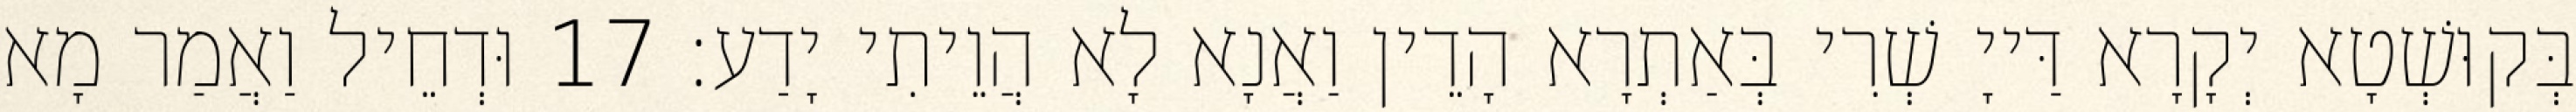
בְּקוּשְׁטָא יְקָרָא דַּייָ שְׁרִי בְּאַתְרָא הָדֵין וַאֲנָא לָא הֲוֵיתִי יָדַע׃ 17 וּדְחֵיל וַאֲמַר מָא